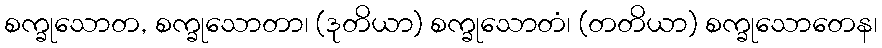
စက္ခုသောတ, စက္ခုသောတာ၊ (ဒုတိယာ) စက္ခုသောတံ၊ (တတိယာ) စက္ခုသောတေန၊